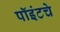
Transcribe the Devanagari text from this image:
पॉइंटचे